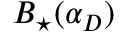
B _ { \star } ( \alpha _ { D } )